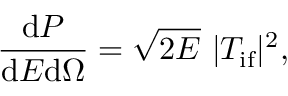
\frac { \mathrm { d } P } { \mathrm { d } E \mathrm { d } \Omega } = \sqrt { 2 E } \ | T _ { \ensuremath { \mathrm { i f } } } | ^ { 2 } ,